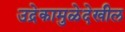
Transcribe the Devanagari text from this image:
उद्रेकामुळेदेखील